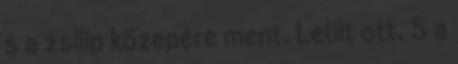
s a zsilip közepére ment. Leült ott. S a